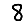
Digit: 8